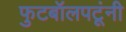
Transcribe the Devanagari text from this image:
फुटबॉलपटूंनी